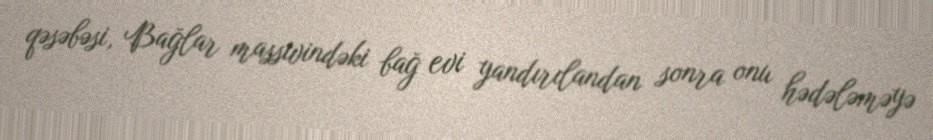
qəsəbəsi, Bağlar massivindəki bağ evi yandırılandan sonra onu hədələməyə